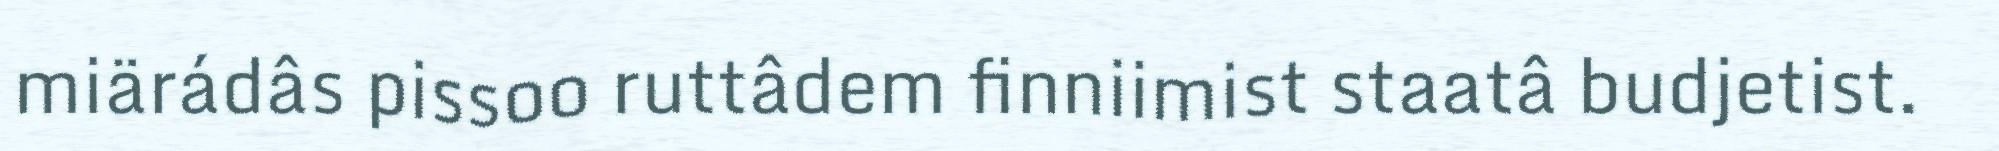
miärádâs pissoo ruttâdem finniimist staatâ budjetist.